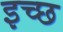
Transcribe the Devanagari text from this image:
इच्छ